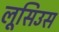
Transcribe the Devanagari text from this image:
लूसिउस